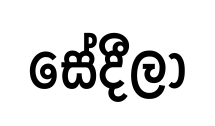
සේදීලා